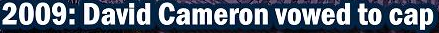
2009:David Comeron vowed to cap